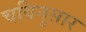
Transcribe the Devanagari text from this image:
चविनुसार